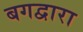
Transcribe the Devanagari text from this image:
बगद्वारा